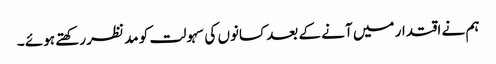
ہم نے اقتدار میں آنے کے بعد کسانوں کی سہولت کو مد نظر رکھتے ہوئے ۔